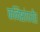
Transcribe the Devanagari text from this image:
कनिष्ठांपर्यंत